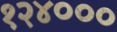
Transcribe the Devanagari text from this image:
१२४०००